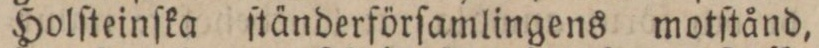
Holſteinſka ſtänderförſamlingens motſtånd,